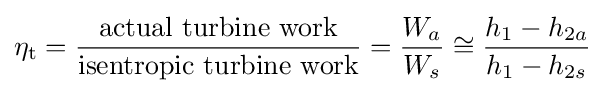
\eta _{\text{t}}={\frac {\text{actual turbine work}}{\text{isentropic turbine work}}}={\frac {W_{a}}{W_{s}}}\cong {\frac {h_{1}-h_{2a}}{h_{1}-h_{2s}}}